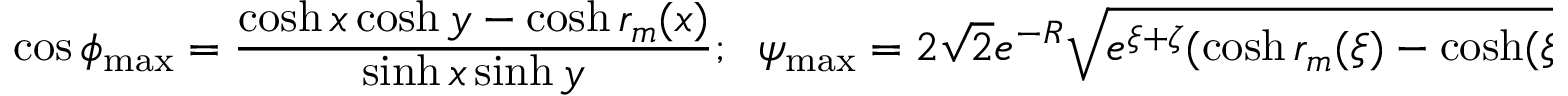
\cos \phi _ { \operatorname* { m a x } } = \frac { \cosh x \cosh y - \cosh r _ { m } ( x ) } { \sinh x \sinh y } ; \; \; \psi _ { \operatorname* { m a x } } = 2 \sqrt { 2 } e ^ { - R } \sqrt { e ^ { \xi + \zeta } ( \cosh r _ { m } ( \xi ) - \cosh ( \xi - \zeta ) ) } + O ( e ^ { - 2 R } ) ,